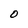
Character: O